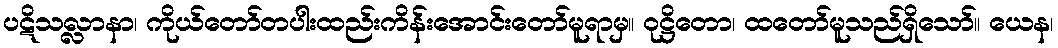
ပဋိသလ္လာနာ၊ ကိုယ်တော်တပါးထည်းကိန်းအောင်းတော်မူရာမှ။ ဝုဋ္ဌိတော၊ ထတော်မူသည်ရှိသော်။ ယေန၊